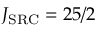
J _ { \mathrm { S R C } } = 2 5 / 2